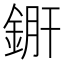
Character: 𨧠